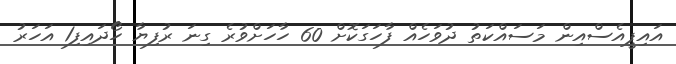
އައިޕީއެސްއިން މަސައްކަތު ދުވަހެއް ފާހަގަކޮށް 60 ހާހަށްވުރެ ގިނަ ރުފިޔާ ހޯދައިފި1 އަހަރު